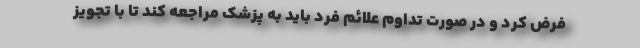
فرض کرد و در صورت تداوم علائم فرد باید به پزشک مراجعه کند تا با تجویز